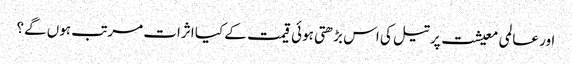
اور عالمی معیشت پر تیل کی اس بڑھتی ہوئی قیمت کے کیا اثرات مرتب ہوں گے؟